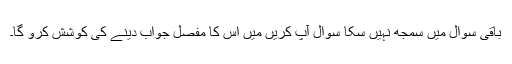
باقی سوال میں سمجھ نہیں سکا سوال آپ کریں میں اس کا مفصل جواب دینے کی کوشش کرو گا۔